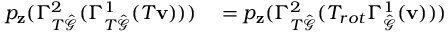
\begin{array} { r l } { p _ { \mathbf { z } } ( \Gamma _ { T \hat { \mathcal { G } } } ^ { 2 } ( \Gamma _ { T \hat { \mathcal { G } } } ^ { 1 } ( T \mathbf { v } ) ) ) } & { { } = p _ { \mathbf { z } } ( \Gamma _ { T \hat { \mathcal { G } } } ^ { 2 } ( T _ { r o t } \Gamma _ { \hat { \mathcal { G } } } ^ { 1 } ( \mathbf { v } ) ) ) } \end{array}